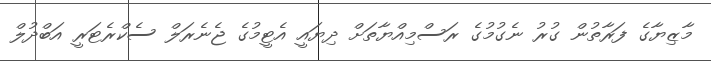
މާޒިޔާގެ ފަރާތުން ގުރު ނެގުމުގެ ރަސްމިއްޔާތަށް ދިޔައީ އެޓީމުގެ ޖެނެރަލް ސެކްރެޓަރީ އަބްދުލް